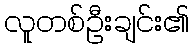
လူတစ်ဦးချင်း၏